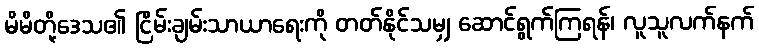
မိမိတို့ဒေသ၏ ငြိမ်းချမ်းသာယာရေးကို တတ်နိုင်သမျှ ဆောင်ရွက်ကြရန်၊ လူသူလက်နက်